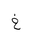
Letter: _kha